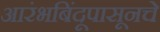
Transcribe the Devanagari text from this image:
आरंभबिंदूपासूनचे